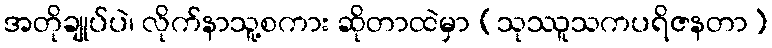
အတိုချုပ်ပဲ၊ လိုက်နာသူ့စကား ဆိုတာထဲမှာ (သုဿူသကပရိဇနတာ)